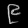
Digit: ၉